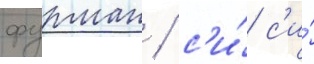
фурман / с'и́ с'и́